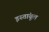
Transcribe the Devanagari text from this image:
इस्तांबूल